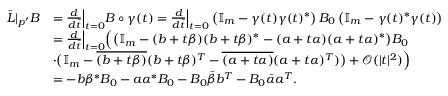
\begin{array} { r l } { \Bar L | _ { p ^ { \prime } } B } & { = \frac { d } { d \Bar t } \Big | _ { t = 0 } B \circ \gamma ( t ) = \frac { d } { d \Bar t } \Big | _ { t = 0 } \left( \mathbb { I } _ { m } - \gamma ( t ) \gamma ( t ) ^ { \ast } \right) B _ { 0 } \left( \mathbb { I } _ { m } - \gamma ( t ) ^ { \ast } \gamma ( t ) \right) } \\ & { = \frac { d } { d \Bar t } \Big | _ { t = 0 } \Big ( \big ( \mathbb { I } _ { m } - ( b + t \beta ) ( b + t \beta ) ^ { \ast } - ( a + t \alpha ) ( a + t \alpha ) ^ { \ast } \big ) B _ { 0 } } \\ & { \cdot \big ( \mathbb { I } _ { m } - \overline { { ( b + t \beta ) } } ( b + t \beta ) ^ { T } - \overline { { ( a + t \alpha ) } } ( a + t \alpha ) ^ { T } ) \big ) + \mathcal { O } ( | t | ^ { 2 } ) \Big ) } \\ & { = - b \beta ^ { \ast } B _ { 0 } - a \alpha ^ { \ast } B _ { 0 } - B _ { 0 } \Bar \beta b ^ { T } - B _ { 0 } \Bar \alpha a ^ { T } . } \end{array}